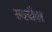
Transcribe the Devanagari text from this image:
स्‍क्‍वैश